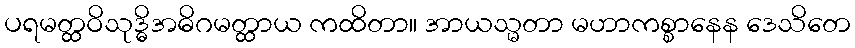
ပရမတ္ထဝိသုဒ္ဓိအဓိဂမတ္ထာယ ကထိတာ။ အာယသ္မတာ မဟာကစ္စာနေန ဒေသိတေ